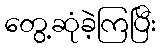
တွေ့ဆုံခဲ့ကြပြီး